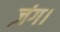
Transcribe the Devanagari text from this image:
ज़ंग।